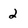
Character: 2